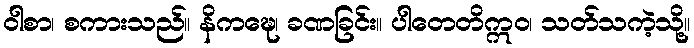
ဝါစာ၊ စကားသည်။ နိကဍ္ဎေ၊ ခဏခြင်း။ ပါတေတိဣဝ၊ သတ်သကဲ့သို့။